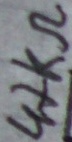
Text: 47kΩ